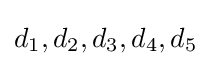
d_{1},d_{2},d_{3},d_{4},d_{5}